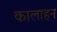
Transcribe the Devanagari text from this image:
कालाहन